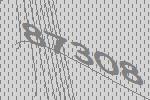
87308